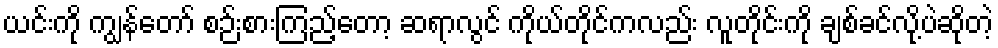
ယင်းကို ကျွန်တော် စဉ်းစားကြည့်တော့ ဆရာလွင် ကိုယ်တိုင်ကလည်း လူတိုင်းကို ချစ်ခင်လို့ပဲဆိုတဲ့